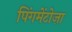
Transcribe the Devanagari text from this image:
पिंगमेंटोज़ा